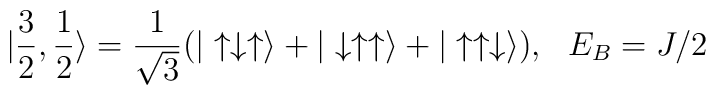
| \frac{3}{2},  \frac{1}{2} \rangle =\frac{1}{\sqrt{3}}  ( | \uparrow \downarrow \uparrow \rangle  +  |\downarrow \uparrow \uparrow \rangle  +   | \uparrow \uparrow \downarrow \rangle  ),     \ \ E_B =J/2